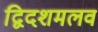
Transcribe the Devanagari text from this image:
द्विदशमलव